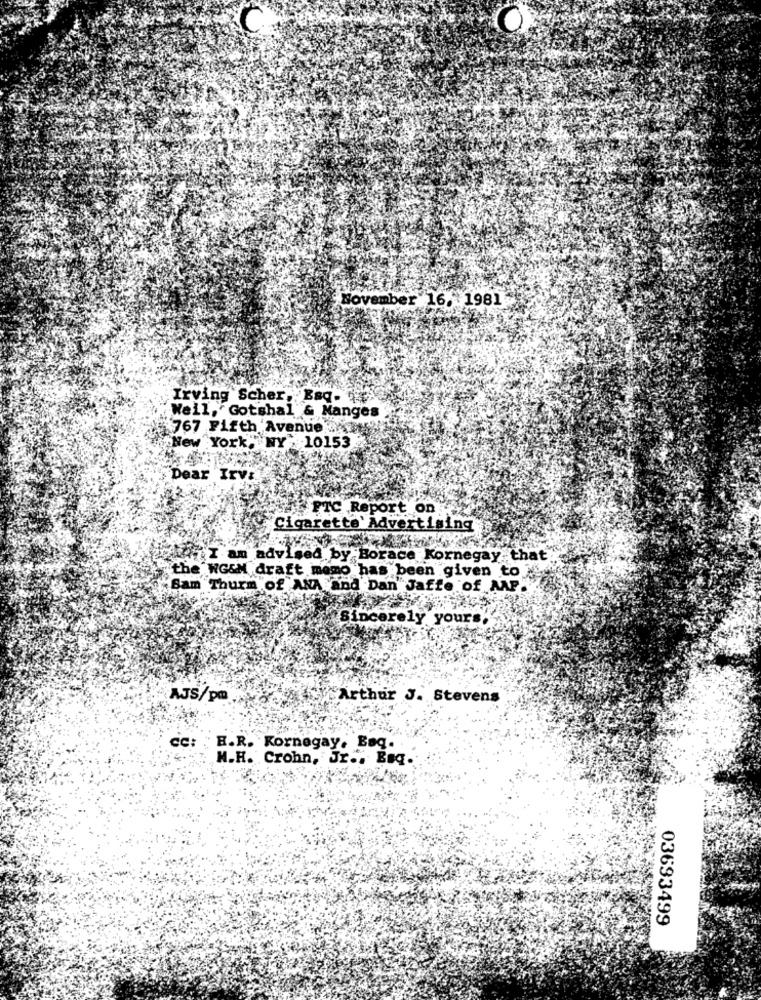
November 16 ,- 1981
Irving Scher, Esq-
Weil, Gotshal & Manges
#767 Fifth Avenue
New York, NY 10153
Dear Irv:
FTC Report on
Cigarette' Advert
ng
I am advised by Borace Kornegay that
the WGSM draft momo has been given to .
"Sam Thurm of ANA and Dan Jaffe of AAP.
Sincerely yours,
AJS/pm
Arthur J. Stevens
CC: . H.R. Kornegay. Bag.
M.H. Crohn, Jr ., Esq.
03693499